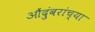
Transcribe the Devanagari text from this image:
औंदुंबरांच्या